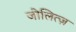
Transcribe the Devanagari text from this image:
जोलित्ज़